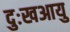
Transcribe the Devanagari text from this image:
दुःखआयु